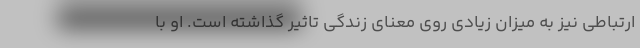
ارتباطی نیز به میزان زیادی روی معنای زندگی تاثیر گذاشته است. او با